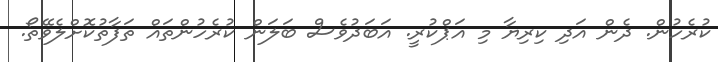
ކުރެހުން. ދެން އަދި ކިރިޔާ މި އަޕްކުރީ. އަބަދުވެސް ބަލަން ކުރެހުންތައް ތަފާތުކޮށްލެވޭތޯ.